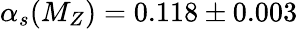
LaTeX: \alpha_{s}(M_{Z})=0.118\pm 0.003